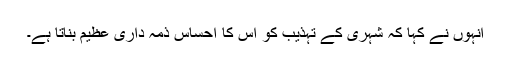
انہوں نے کہا کہ شہری کے تہذیب کو اس کا احساس ذمہ داری عظیم بناتا ہے۔